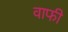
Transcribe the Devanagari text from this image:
वाफी